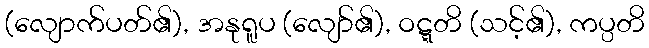
(လျောက်ပတ်၏), အနုရူပ (လျော်၏), ဝဋ္ဋတိ (သင့်၏), ကပ္ပတိ